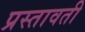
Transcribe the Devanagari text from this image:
प्रस्तावती